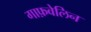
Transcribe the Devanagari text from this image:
गाफ़वेलिन